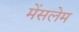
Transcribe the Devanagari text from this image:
मेंसलेम